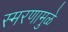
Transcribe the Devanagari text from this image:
स्‍मरणामुळे